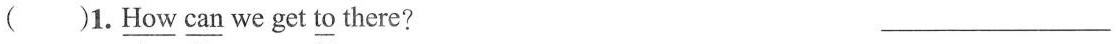
( )1. \underline{How} \underline{can} we get \underline{to} there? ___